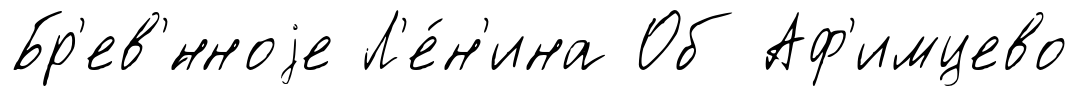
Бр'ев'́нноjе Л'е́н'ина Об Аф'имцево